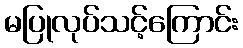
မပြုလုပ်သင့်ကြောင်း